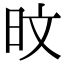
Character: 旼